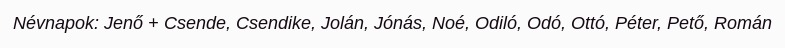
Névnapok: Jenő + Csende, Csendike, Jolán, Jónás, Noé, Odiló, Odó, Ottó, Péter, Pető, Román